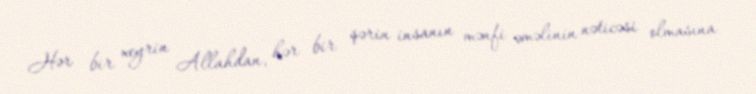
Hər bir xeyrin Allahdan, hər bir şərin insanın mənfi əməlinin nəticəsi olmasına